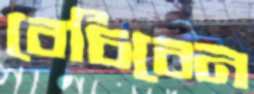
বেচিবেন